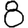
Digit: 8